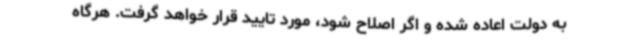
به دولت اعاده شده و اگر اصلاح شود، مورد تایید قرار خواهد گرفت. هرگاه